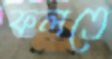
ফলতে